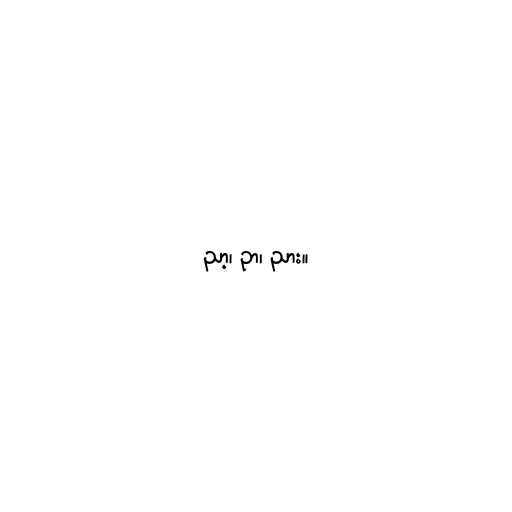
ညာ့၊ ဉာ၊ ညား။